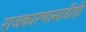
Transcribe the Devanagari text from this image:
राजकारणासाठीही